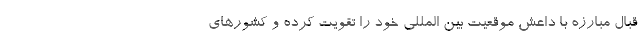
قبال مبارزه با داعش موقعیت بین المللی خود را تقویت کرده و کشورهای